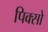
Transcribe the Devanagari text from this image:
पिक्सो